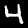
Digit: 4